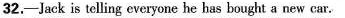
32.-Jack is telling everyone he has bought a new car.